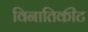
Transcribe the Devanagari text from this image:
विनातिकीट